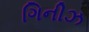
ગિનીઝ